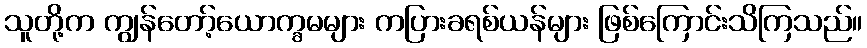
သူတို့က ကျွန်တော့်ယောက္ခမများ ကပြားခရစ်ယန်များ ဖြစ်ကြောင်းသိကြသည်။